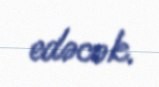
edəcək.